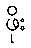
ဖိုး